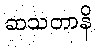
ဆသတာနိ